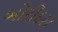
બોરીદરા